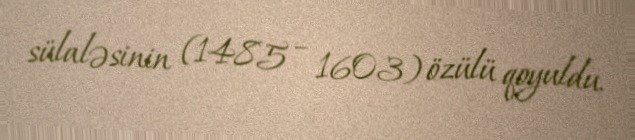
sülaləsinin (1485 – 1603) özülü qoyuldu.